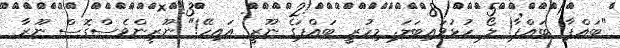
"ބައްޕާ! ބައްޕާ! ލޯ ހުޅުވައިބަލަ. މިހުރީ ބައްޕަގެ ނޫރީ އައިހޭ!" ނޫރީންވެސްގޮސް ނޫރާ